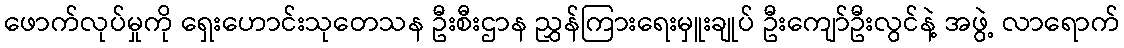
ဖောက်လုပ်မှုကို ရှေးဟောင်းသုတေသန ဦးစီးဌာန ညွှန်ကြားရေးမှူးချုပ် ဦးကျော်ဦးလွင်နဲ့ အဖွဲ့ လာရောက်